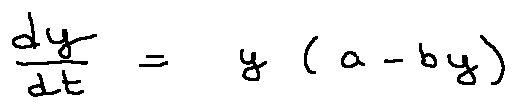
\frac { d y } { d t } = y ( a - b y )